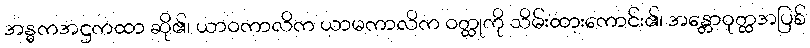
အန္ဓကအဋ္ဌကထာ ဆို၏၊ ယာဝကာလိက ယာမကာလိက ဝတ္ထုကို သိမ်းထားကောင်း၏၊ အန္တောဝုတ္ထအပြစ်